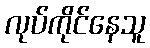
လုပ်ကိုင်နေသူ